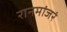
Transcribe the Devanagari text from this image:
रानमांजरं